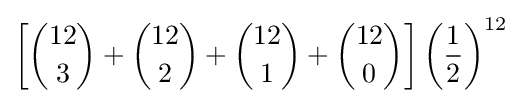
\left[{12 \choose 3}+{12 \choose 2}+{12 \choose 1}+{12 \choose 0}\right]\left({1 \over 2}\right)^{12}~